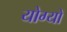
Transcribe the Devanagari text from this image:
योग्यों